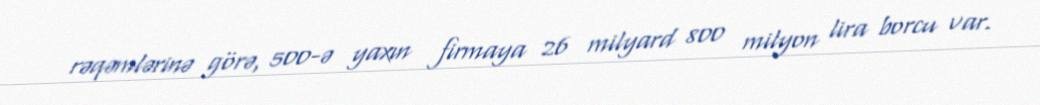
rəqəmlərinə görə, 500-ə yaxın firmaya 26 milyard 800 milyon lira borcu var.